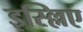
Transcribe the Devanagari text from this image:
इस्ल्लिए